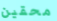
محقين